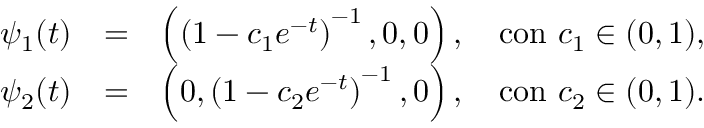
\begin{array} { r l r } { \psi _ { 1 } ( t ) } & { = } & { \left( \left( 1 - c _ { 1 } e ^ { - t } \right) ^ { - 1 } , 0 , 0 \right) , \quad \mathrm { c o n ~ } c _ { 1 } \in ( 0 , 1 ) , } \\ { \psi _ { 2 } ( t ) } & { = } & { \left( 0 , \left( 1 - c _ { 2 } e ^ { - t } \right) ^ { - 1 } , 0 \right) , \quad \mathrm { c o n ~ } c _ { 2 } \in ( 0 , 1 ) . } \end{array}